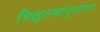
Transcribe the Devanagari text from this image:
भिक्षुशब्दानुशासन